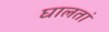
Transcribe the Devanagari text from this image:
घालतां